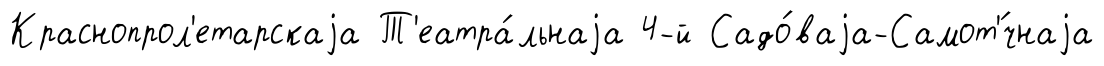
Краснопрол'етарскаjа Т'еатра́льнаjа 4-й Садо́ваjа-Самот'́чнаjа